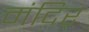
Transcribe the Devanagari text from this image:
मंदिर्